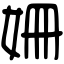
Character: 姍